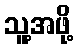
သူ့အဖို့